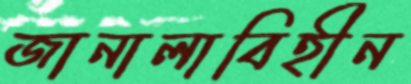
জানালাবিহীন